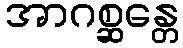
အာဂစ္ဆန္တေ